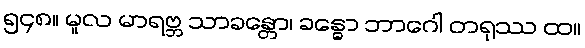
၅၄၈။ မူလ မာရဗ္ဘ သာခန္တော၊ ခန္ဓော ဘာဂေါ တရုဿ ထ။